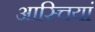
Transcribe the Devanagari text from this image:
आस्त्तियां